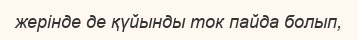
жерінде де қүйынды ток пайда болып,